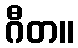
ဂီတ။